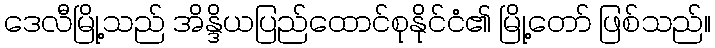
ဒေလီမြို့သည် အိန္ဒိယပြည်ထောင်စုနိုင်ငံ၏ မြို့တော် ဖြစ်သည်။